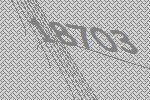
18703